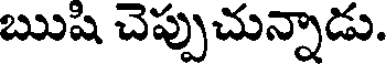
ఋషి చెప్పుచున్నాడు.